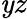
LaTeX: \mathit{y}z